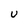
Character: U